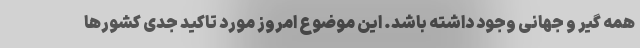
همه گیر و جهانی وجود داشته باشد. این موضوع امروز مورد تاکید جدی کشورها